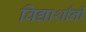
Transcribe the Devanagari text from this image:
विद्यार्थांनी